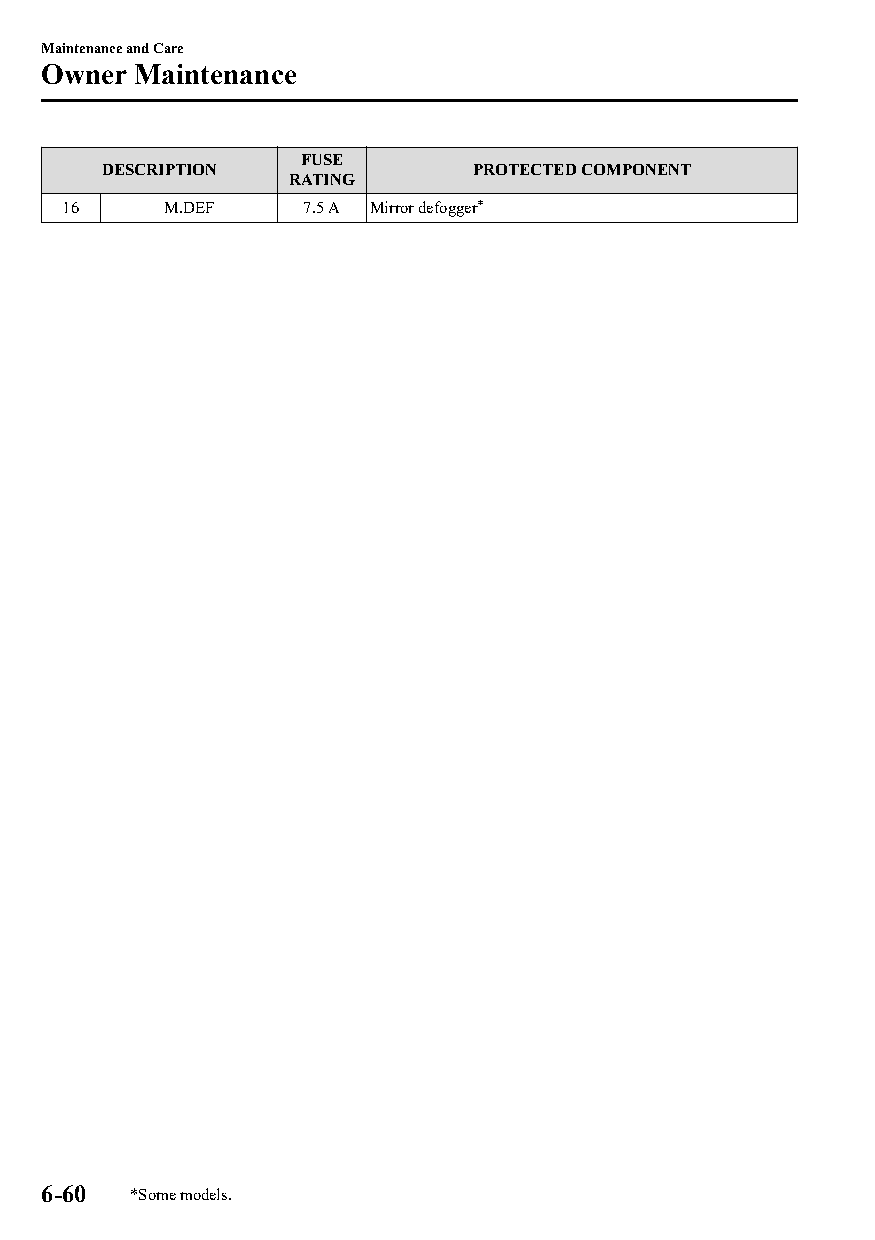
Maintenance and Care
 Owner  Maintenance
 FUSE
 DESCRIPTION              PROTECTED COMPONENT
 RATING
 16     M.DEF    7.5 A Mirror defogger*
 6-60  *Some models.
 CX-3_8GT4-EE-18D_Edition4                  2018-9-6 18:32:19